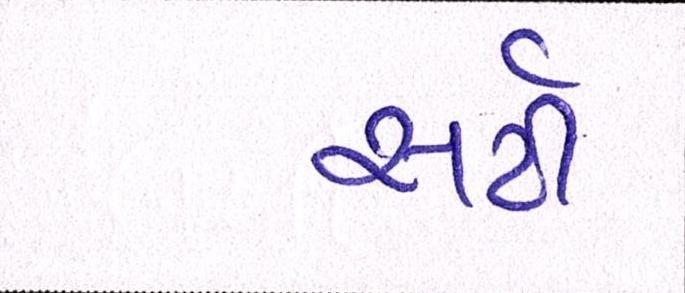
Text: સર્ટી